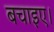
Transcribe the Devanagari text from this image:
बचाइए।